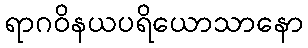
ရာဂဝိနယပရိယောသာနော